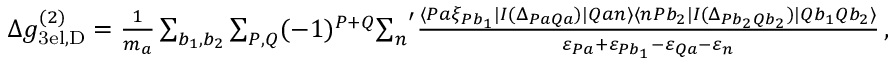
\begin{array} { r } { \Delta g _ { \mathrm { 3 e l , D } } ^ { ( 2 ) } = \frac { 1 } { m _ { a } } \sum _ { b _ { 1 } , b _ { 2 } } \sum _ { P , Q } ( - 1 ) ^ { P + Q } { \sum _ { n } } ^ { \prime } \frac { \langle P a \xi _ { P b _ { 1 } } | I ( \Delta _ { P a Q a } ) | Q a n \rangle \langle n P b _ { 2 } | I ( \Delta _ { P b _ { 2 } Q b _ { 2 } } ) | Q b _ { 1 } Q b _ { 2 } \rangle } { \varepsilon _ { P a } + \varepsilon _ { P b _ { 1 } } - \varepsilon _ { Q a } - \varepsilon _ { n } } \, , } \end{array}